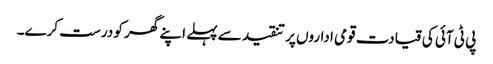
پی ٹی آئی کی قیادت قومی اداروں پر تنقید سے پہلے اپنے گھر کو درست کرے۔